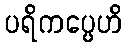
ပရိကပ္ပေဟိ